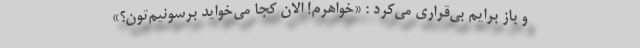
و باز برایم بی‌قراری می‌کرد : «خواهرم! الان کجا می‌خواید برسونیم‌تون؟»